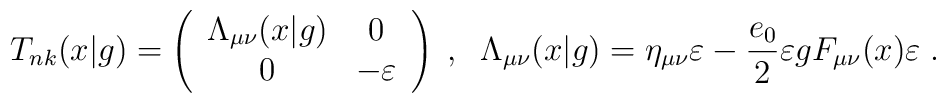
T_{nk}(x|g)=\left ( \begin{array}{cc}          \Lambda_{\mu \nu}(x|g) & 0\\          0                               &-\varepsilon\\        \end{array}\right )\;,\;\;\Lambda_{\mu \nu}(x|g)=\eta_{\mu \nu}\varepsilon-\frac{e_{0}}{2} \varepsilon gF_{\mu \nu}(x)\varepsilon\;.